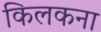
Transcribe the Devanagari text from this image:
किलकना